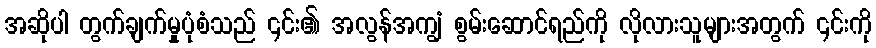
အဆိုပါ တွက်ချက်မှုပုံစံသည် ၎င်း၏ အလွန်အကျွံ စွမ်းဆောင်ရည်ကို လိုလားသူများအတွက် ၎င်းကို